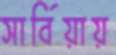
সার্বিয়ায়